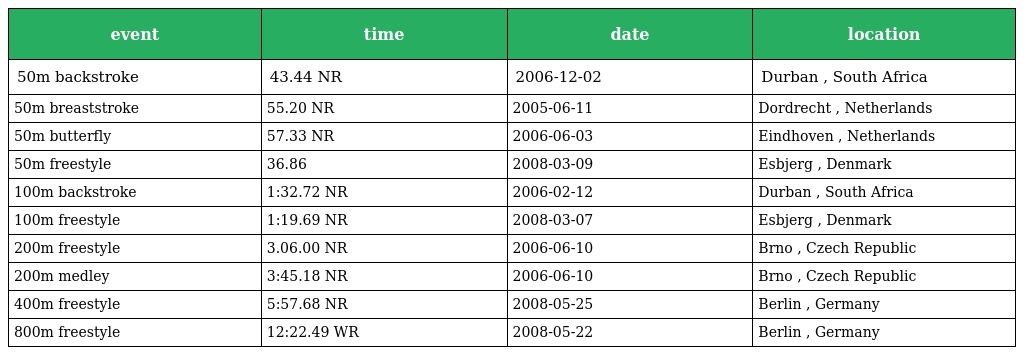
| event | time | date | location |
 | --- | --- | --- | --- |
 | 50m backstroke | 43.44 NR | 2006-12-02 | Durban , South Africa |
 | 50m breaststroke | 55.20 NR | 2005-06-11 | Dordrecht , Netherlands |
 | 50m butterfly | 57.33 NR | 2006-06-03 | Eindhoven , Netherlands |
 | 50m freestyle | 36.86 | 2008-03-09 | Esbjerg , Denmark |
 | 100m backstroke | 1:32.72 NR | 2006-02-12 | Durban , South Africa |
 | 100m freestyle | 1:19.69 NR | 2008-03-07 | Esbjerg , Denmark |
 | 200m freestyle | 3.06.00 NR | 2006-06-10 | Brno , Czech Republic |
 | 200m medley | 3:45.18 NR | 2006-06-10 | Brno , Czech Republic |
 | 400m freestyle | 5:57.68 NR | 2008-05-25 | Berlin , Germany |
 | 800m freestyle | 12:22.49 WR | 2008-05-22 | Berlin , Germany |